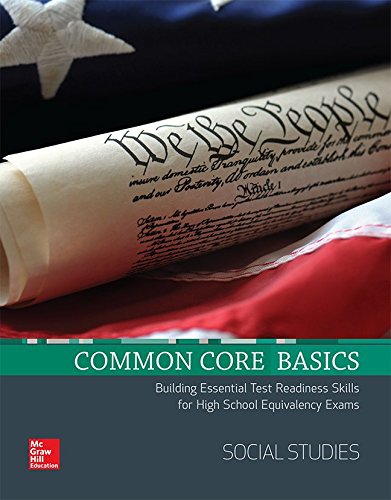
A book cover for Common Core Basics, Social Studies Core Subject Module (CCSS FOR ADULT ED); Contemporary; Education & Teaching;